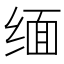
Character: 缅